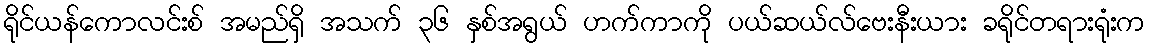
ရိုင်ယန်ကောလင်းစ် အမည်ရှိ အသက် ၃၆ နှစ်အရွယ် ဟက်ကာကို ပယ်ဆယ်လ်ဗေးနီးယား ခရိုင်တရားရုံးက